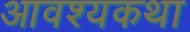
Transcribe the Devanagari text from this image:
आवश्यकथा